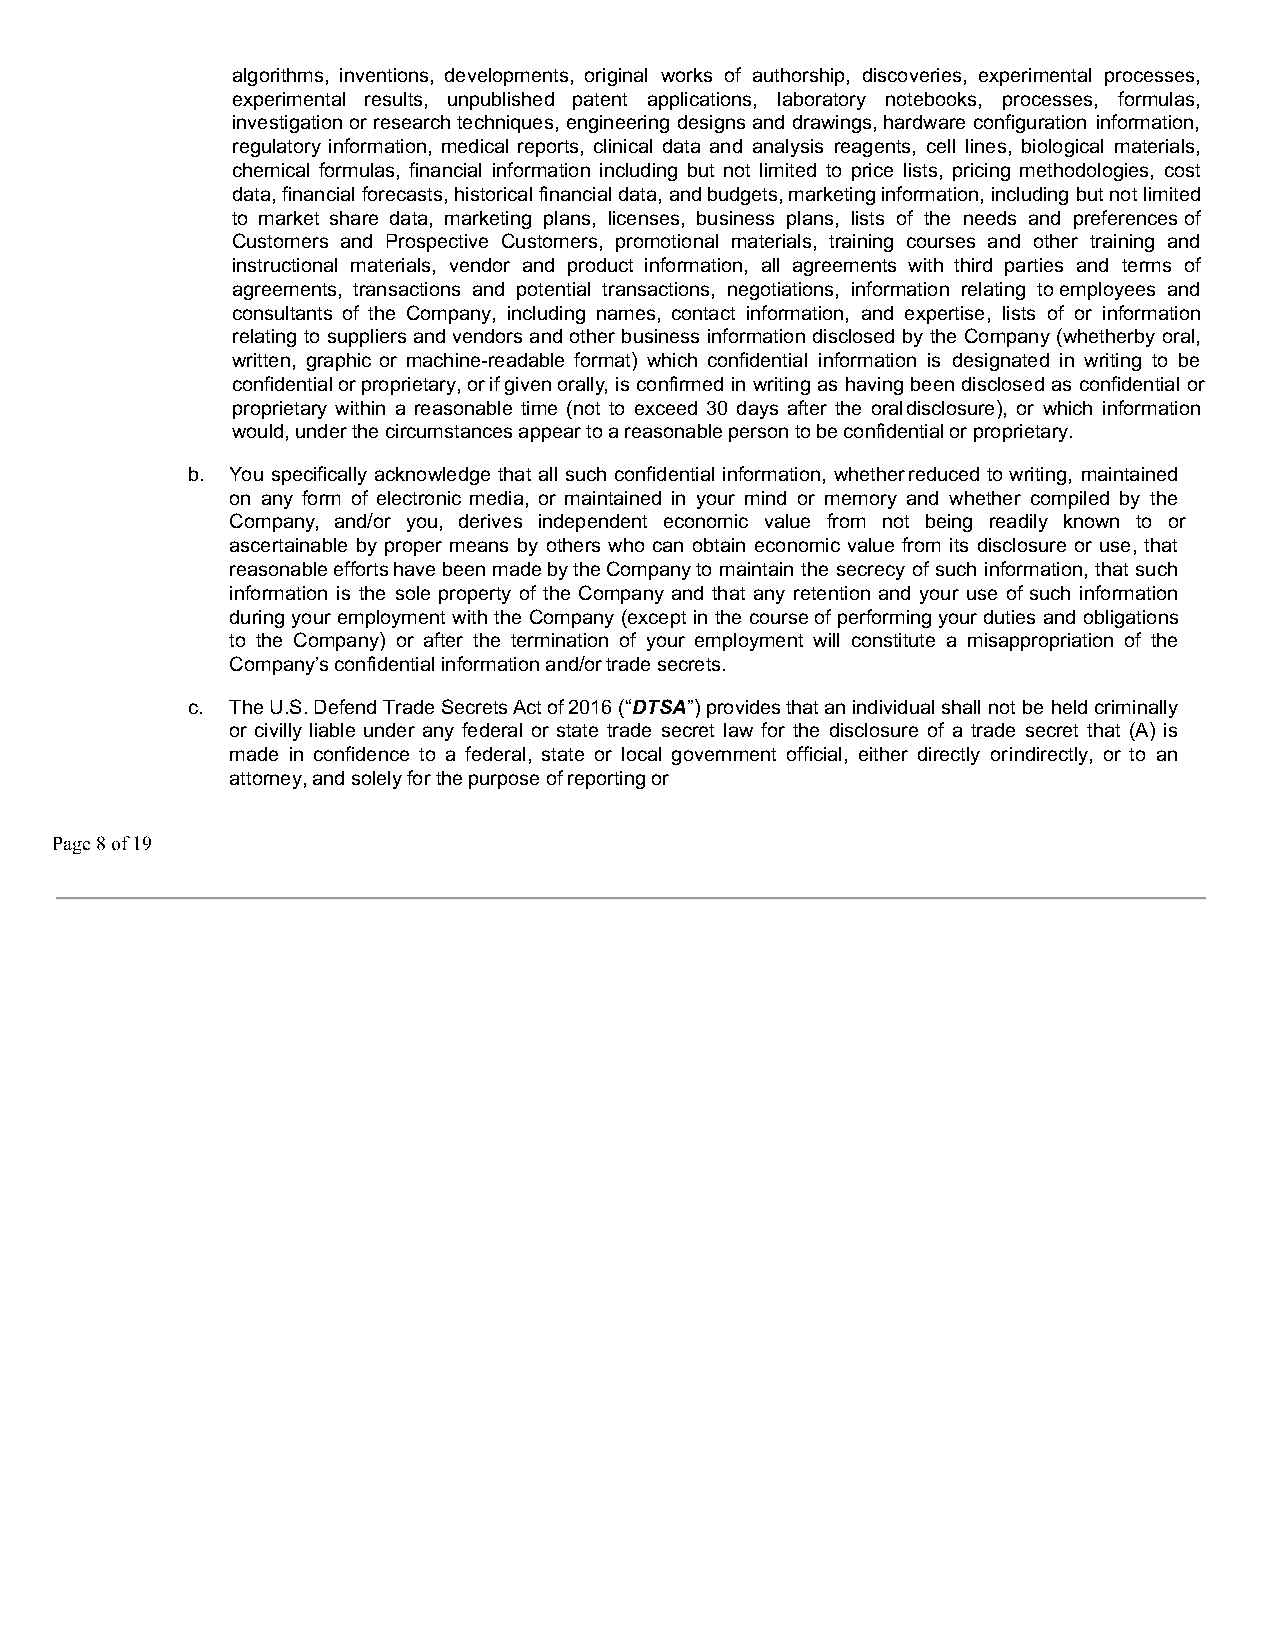
algorithms, inventions, developments, original works of authorship, discoveries, experimental processes,
 experimental results, unpublished patent applications, laboratory notebooks, processes, formulas,
 investigation or research techniques, engineering designs and drawings, hardware configuration information,
 regulatory information, medical reports, clinical data and analysis reagents, cell lines, biological materials,
 chemical formulas, financial information including but not limited to price lists, pricing methodologies, cost
 data, financial forecasts, historical financial data, and budgets, marketing information, including but not limited
 to market share data, marketing plans, licenses, business plans, lists of the needs and preferences of
 Customers and Prospective Customers, promotional materials, training courses and other training and
 instructional materials, vendor and product information, all agreements with third parties and terms of
 agreements, transactions and potential transactions, negotiations, information relating to employees and
 consultants of the Company, including names, contact information, and expertise, lists of or information
 relating to suppliers and vendors and other business information disclosed by the Company (whether by oral,
 written, graphic or machine-readable format) which confidential information is designated in writing to be
 confidential or proprietary, or if given orally, is confirmed in writing as having been disclosed as confidential or
 proprietary within a reasonable time (not to exceed 30 days after the ora ldisclosure), or which information
 would, under the circumstances appear to a reasonable person to be confidential or proprietary.
 b. You specifically acknowledge that all such confidential information, whether reduced to writing, maintained
 on any form of electronic media, or maintained in your mind or memory and whether compiled by the
 Company, and/or you, derives independent economic value from not being readily known to or
 ascertainable by proper means by others who can obtain economic value from its disclosure or use, that
 reasonable efforts have been made by the Company to maintain the secrecy of such information, that such
 information is the sole property of the Company and that any retention and your use of such information
 during your employment with the Company (except in the course of performing your duties and obligations
 to the Company) or after the termination of your employment will constitute a misappropriation of the
 Company’s confidential information and/or trade secrets.
 c. The U.S. Defend Trade Secrets Act of 2016 (“DTSA”) provides that an individual shall not be held criminally
 or civilly liable under any federal or state trade secret law for the disclosure of a trade secret that (A) is
 made in confidence to a federal, state or local government official, either directly o rindirectly, or to an
 attorney, and solely for the purpose of reporting or
 Page 8 of 19